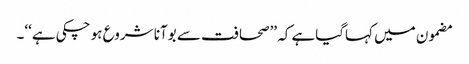
مضمون میں کہاگیاہے کہ ’’صحافت سے بوآنا شروع ہو چکی ہے‘‘۔